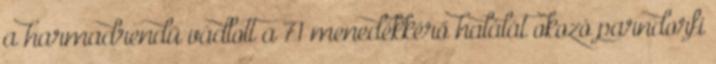
a harmadrendű vádlott a 71 menedékkérő halálát okozó parndorfi